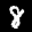
Label: 8